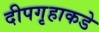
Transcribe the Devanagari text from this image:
दीपगृहाकडे